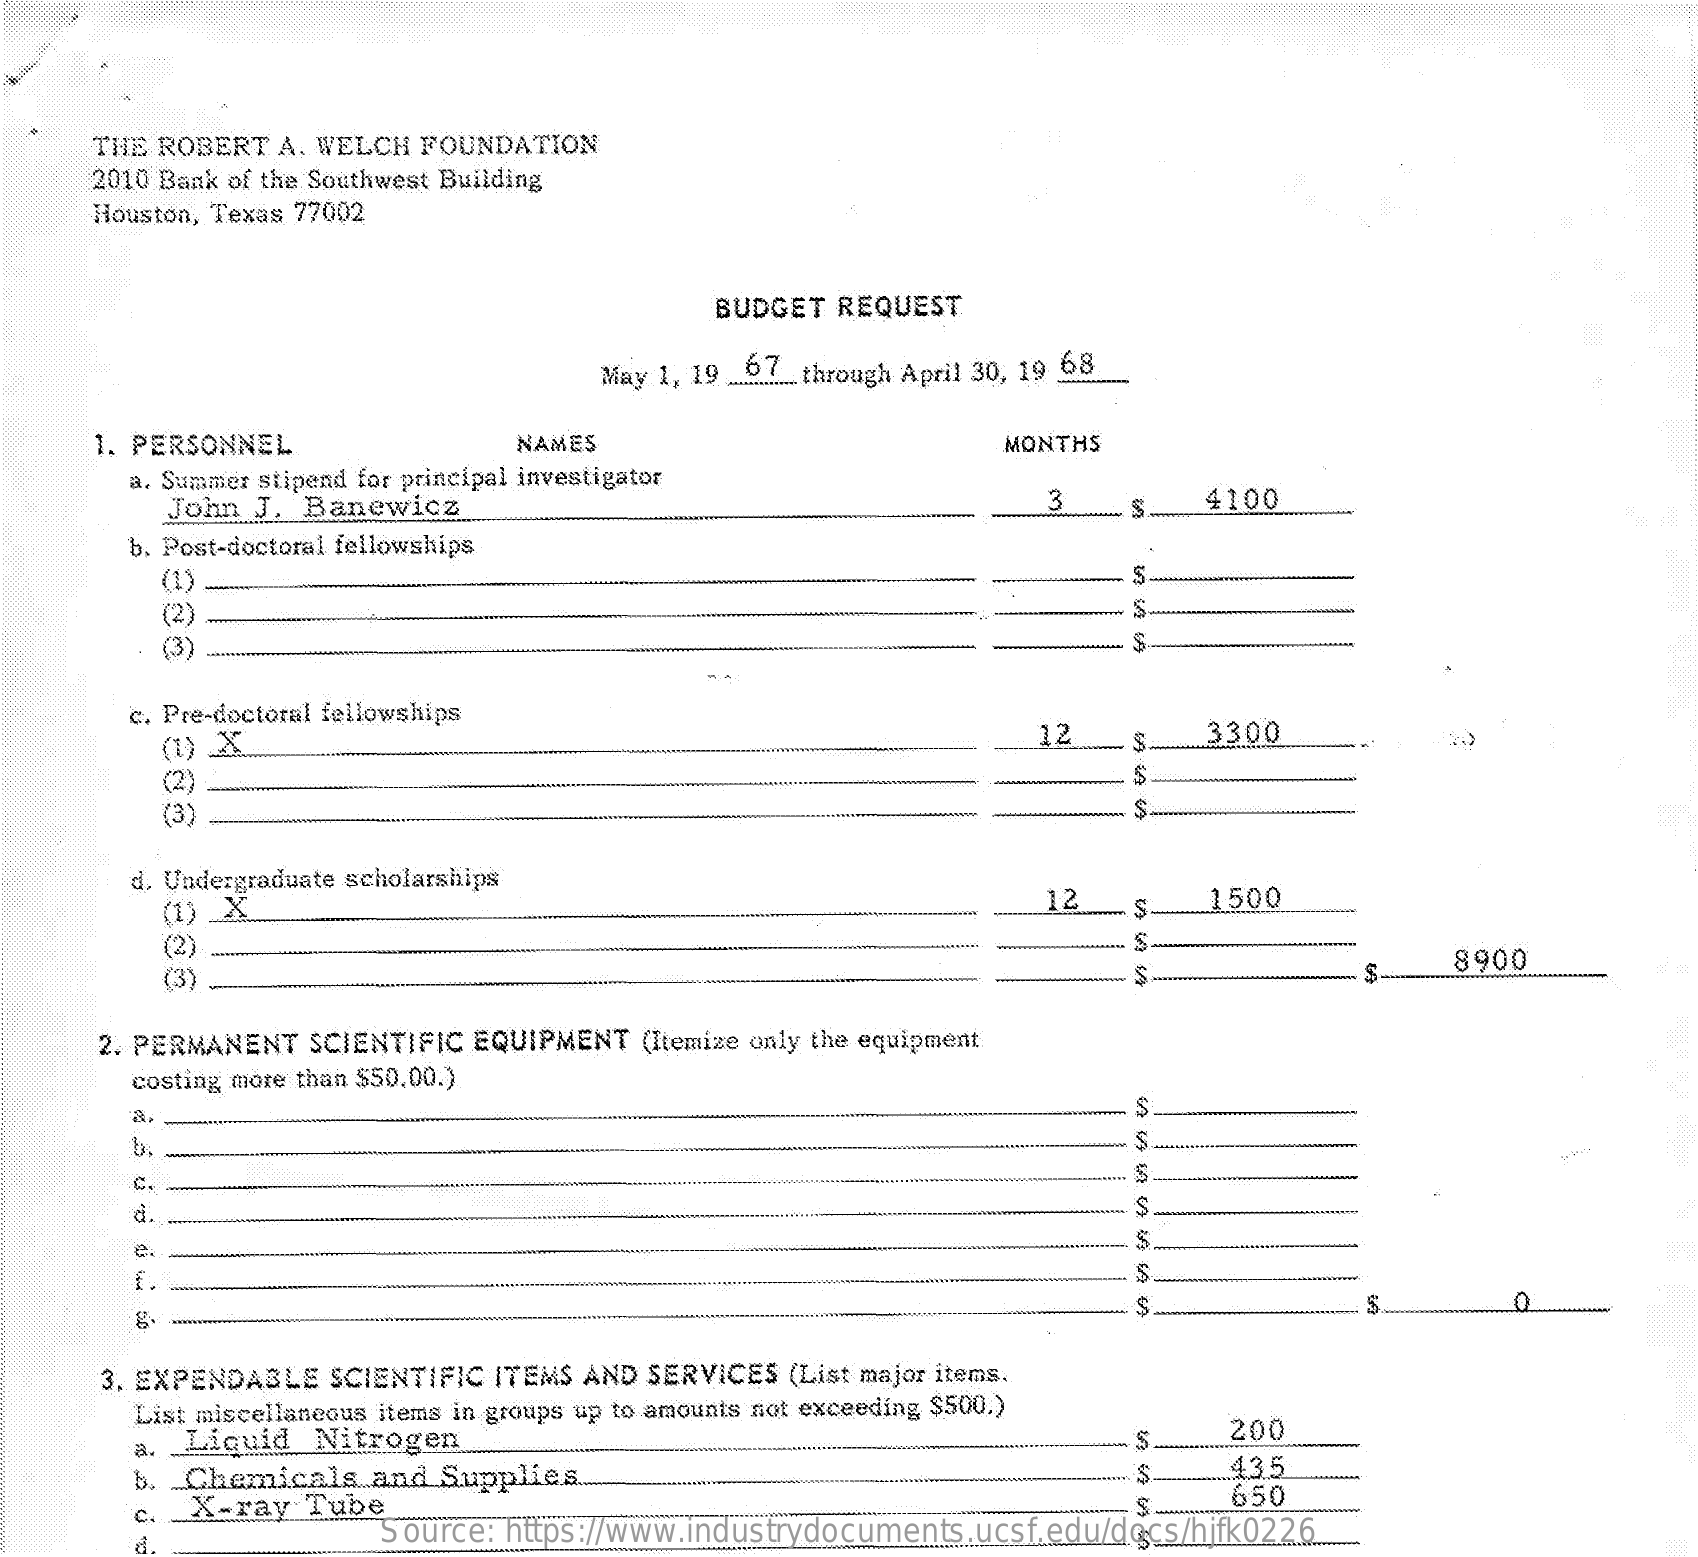
THE ROBERT  A. WELCH FOUNDATION
     2010 Bank of the Southwest Building
     Houston, Texas 77002
     BUDGET REQUEST
     May 1, 19 OL.through April 30, 19 68
     1. PERSONNEL    NAMES    MONTHS
     a. Summer stipend for principal investigator
     John J. Banewicz    3    4100
     b. Post-doctoral fellowships
     (1)    S
     (2)
     (3)    S
     c. Pre-doctoral fellowships
     (1) X    12    3300
     (2)
     (3)
     d. Undergraduate scholarships
     (1) _X    12    1500
     (2)
     (3)
     8900
     2. PERMANENT SCIENTIFIC EQUIPMENT (Itemize only the equipment
     costing more than $50.00.)
     a
     b
     S.
     e.
     f
     0
     3. EXPENDABLE SCIENTIFIC ITEMS AND SERVICES (List major items.
     List miscellaneous items in groups up to amounts not exceeding $500.)
     a. Liquid  Nitrogen    200
     b. Chemicals   and Supplies.    .43.5
     c. X-ray  Tube    650
     Source: https://www.industrydocuments.ucsf.edu/docs/hjfk0226